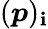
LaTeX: ({\boldsymbol{p}})_{\mathbf{i}}